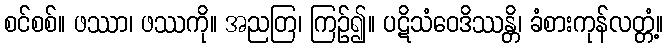
စင်စစ်။ ဖဿာ၊ ဖဿကို။ အညတြ၊ ကြဉ်၍။ ပဋိသံဝေဒိဿန္တိ၊ ခံစားကုန်လတ္တံ့။